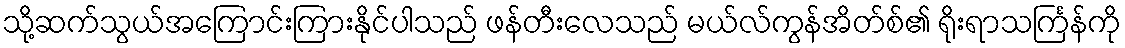
သို့ဆက်သွယ်အကြောင်းကြားနိုင်ပါသည် ဖန်တီးလေသည် မယ်လ်ကွန်အိတ်စ်၏ ရိုးရာသင်္ကြန်ကို